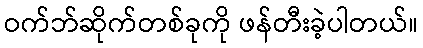
ဝက်ဘ်ဆိုက်တစ်ခုကို ဖန်တီးခဲ့ပါတယ်။